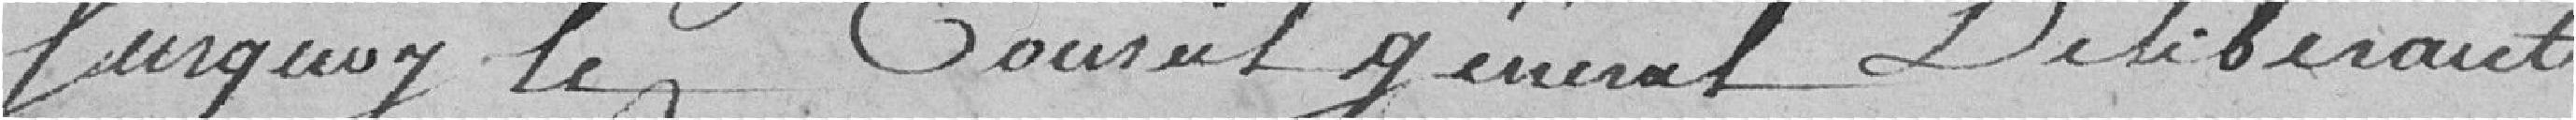
Sur quoi, le Conseil général délibérant